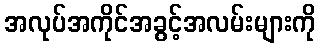
အလုပ်အကိုင်အခွင့်အလမ်းများကို